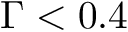
\Gamma < 0 . 4